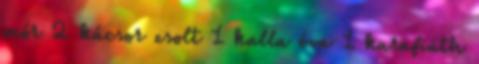
mór 2 kácsor zsolt 1 kalla éva 1 karafiáth